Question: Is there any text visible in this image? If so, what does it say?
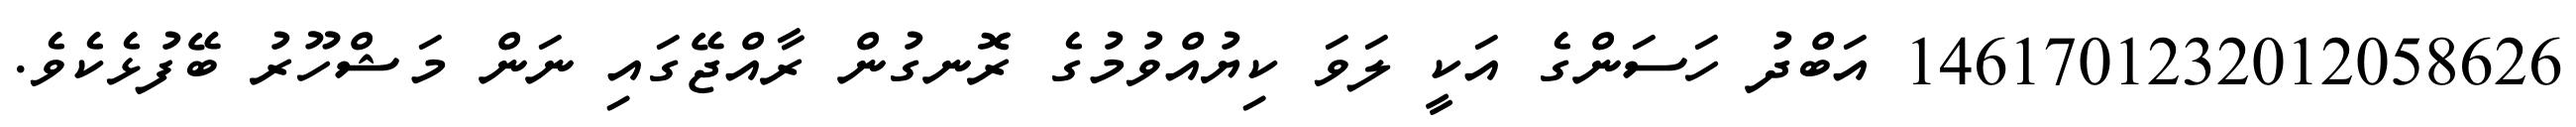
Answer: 1461701232012058626 އަބްދު ހަސަންގެ އަކީ ލަވަ ކިޔުއްވުމުގެ ރޮނގުން ރާއްޖޭގައި ނަން މަޝްހޫރު ބޭފުޅެކެވެ.